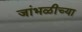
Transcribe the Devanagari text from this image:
जांभळीच्या